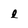
Character: l